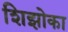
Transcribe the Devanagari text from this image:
शिझोका